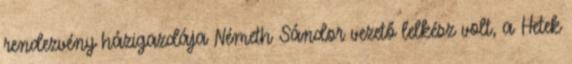
rendezvény házigazdája Németh Sándor vezető lelkész volt, a Hetek